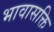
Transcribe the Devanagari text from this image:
भावासक्ति